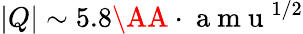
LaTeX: |Q|\sim 5.8\AA\cdot\mathrm{~a~m~u~}^{1/2}